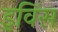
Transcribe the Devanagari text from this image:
इविंस